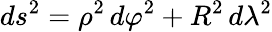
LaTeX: ds^{2}=\rho^{2}\, d\varphi^{2}+R^{2}\, d\lambda^{2}